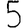
Digit: 5